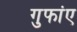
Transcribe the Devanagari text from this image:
गुफांए